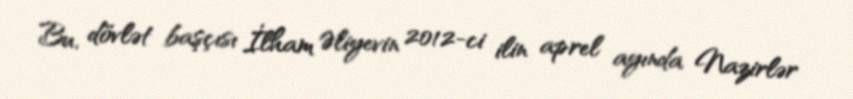
Bu, dövlət başçısı İlham Əliyevin 2012-ci ilin aprel ayında Nazirlər